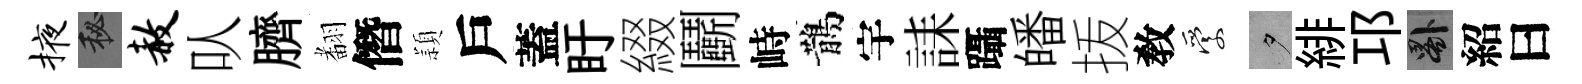
掖秘赦㕥臍𮋒僭頴戶蓋盱綴鬬峙鵲宇誄躡皤㧞敎愛夕緋邛晷紹曰